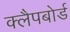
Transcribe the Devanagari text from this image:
क्लैपबोर्ड